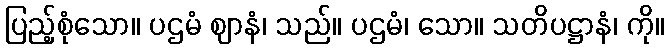
ပြည့်စုံသော။ ပဌမံ ဈာနံ၊ သည်။ ပဌမံ၊ သော။ သတိပဋ္ဌာနံ၊ ကို။